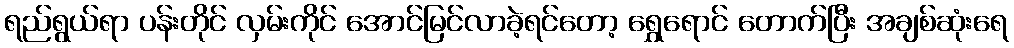
ရည်ရွယ်ရာ ပန်းတိုင် လှမ်းကိုင် အောင်မြင်လာခဲ့ရင်တော့ ရွှေရောင် တောက်ပြီး အချစ်ဆုံးရေ